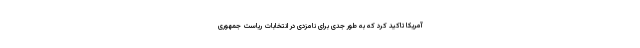
آمریکا ‌تاکید کرد که به طور جدی برای نامزدی در انتخابات ریاست جمهوری